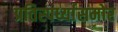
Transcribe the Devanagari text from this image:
प्रतिस्पर्ध्यासमोर